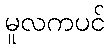
မူလကပင်